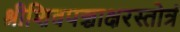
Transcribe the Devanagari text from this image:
श्रीशिवपञ्चाक्षरस्तोत्रं